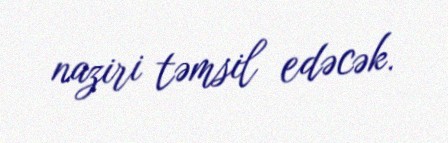
naziri təmsil edəcək.